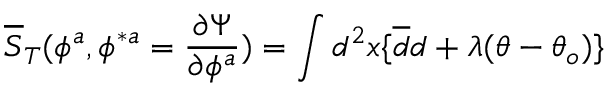
\overline { { S } } _ { T } ( \phi ^ { a } , \phi ^ { \ast a } = { \frac { \partial \Psi } { \partial \phi ^ { a } } } ) = \int d ^ { 2 } x \{ \overline { { d } } d + \lambda ( \theta - \theta _ { o } ) \}